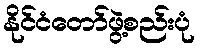
နိုင်ငံတော်ဖွဲ့စည်းပုံ